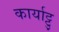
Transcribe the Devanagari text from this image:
कार्याट्टु